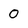
Character: 0